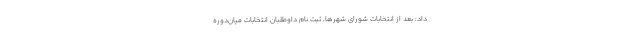
داد: بعد از انتخابات شورای شهرها، ثبت نام داوطلبان انتخابات میان‌دوره